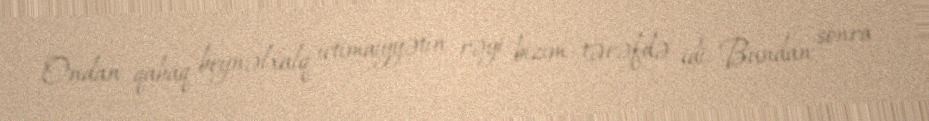
Ondan qabaq beynəlxalq ictimaiyyətin rəyi bizim tərəfdə idi. Bundan sonra